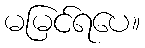
မမြင်ရပေ။